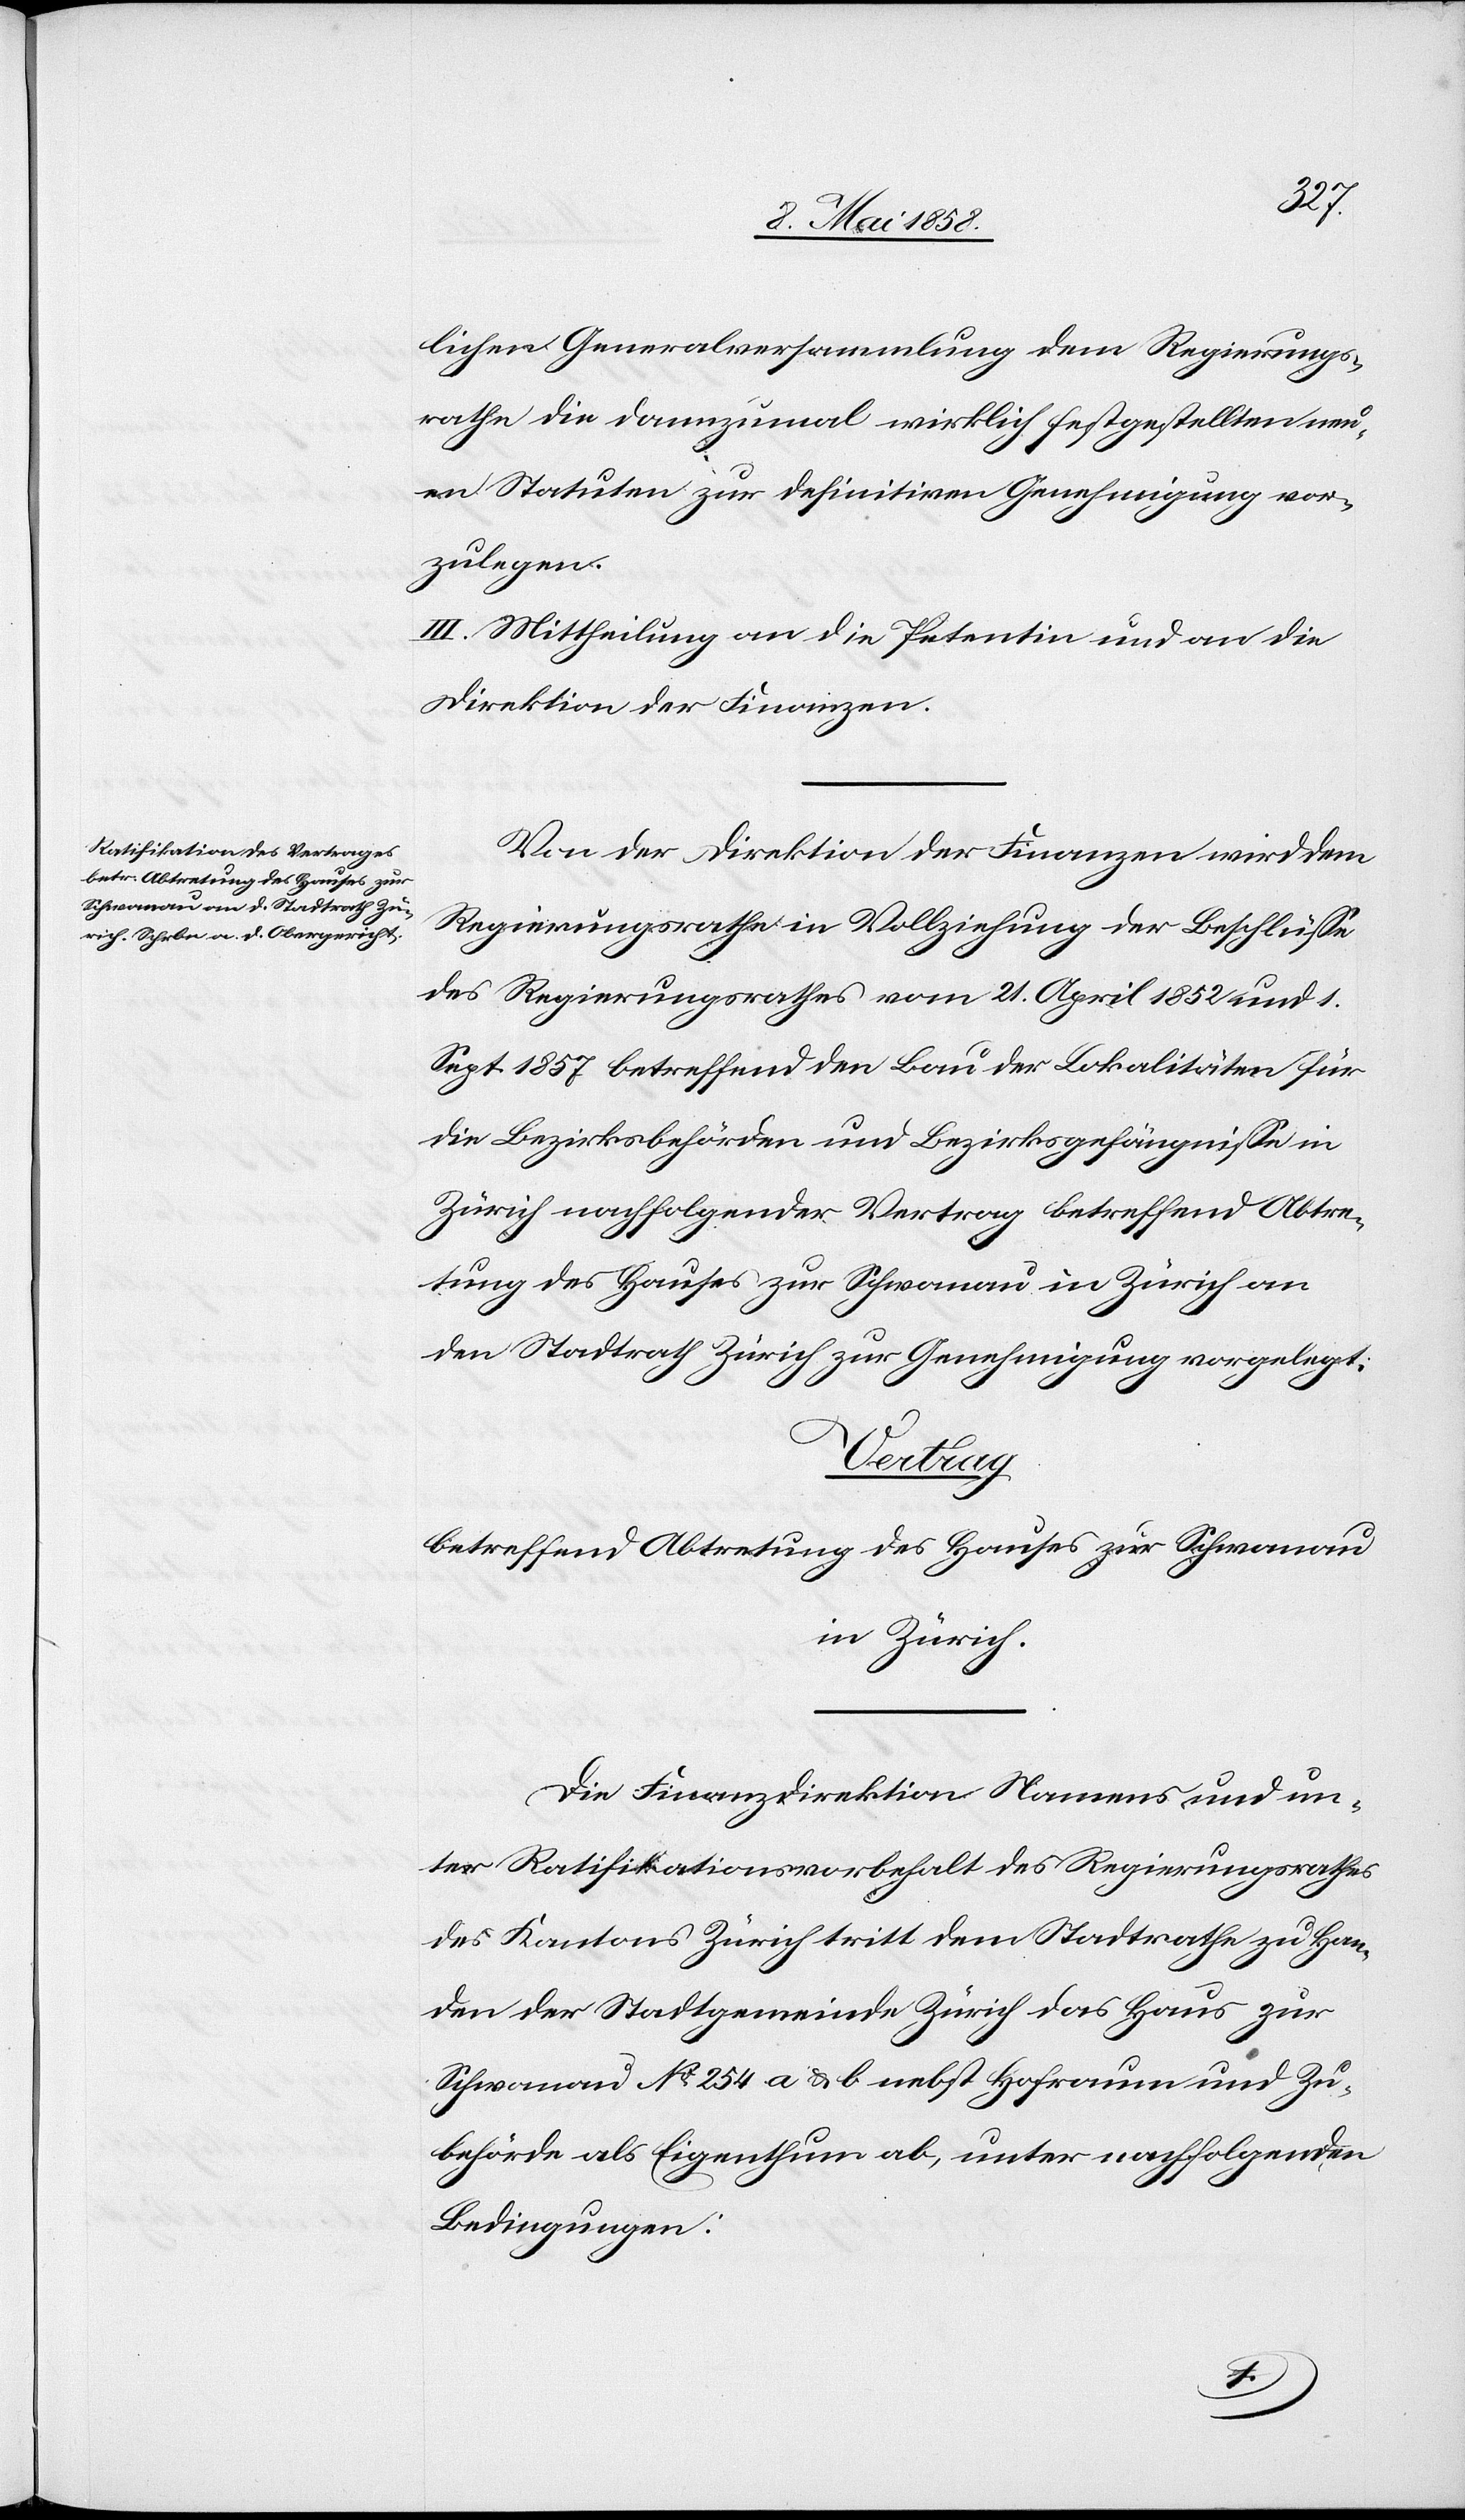
lichen Generalversammlung dem Regierungs¬
rathe die dannzumal wirklich festgestellten neu¬
en Statuten zur definitiven Genehmigung vor¬
zulegen.
III. Mittheilung an die Petentin und an die
Direktion der Finanzen.
Von der Direktion der Finanzen wird dem
Regierungsrathe in Vollziehung der Beschlüsse
des Regierungsrathes vom 21. April 1852 und 1.
Sept. 1857 betreffend den Bau der Lokalitäten für
die Bezirksbehörden und Bezirkgefängnisse in
Zürich nachfolgender Vertrag betreffend Abtre¬
tung des Hauses zur Schwanau in Zürich an
den Stadtrath Zürich zur Genehmigung vorgelegt.
Vertrag
betreffend Abtretung des Hauses zur Schwanau
in Zürich.
Die Finanzdirektion Namens und un¬
ter Ratifikationsvorbehalt des Regierungsrathes
des Kantons Zürich tritt dem Stadtrathe zu Han¬
den der Stadtgemeinde Zürich das Haus zur
Schwanau No 254 a u. b nebst Hofraum und Zu¬
behörde als Eigenthum ab, unter nachfolgenden
Bedingungen: